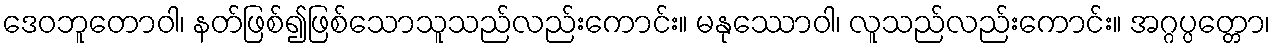
ဒေဝဘူတောဝါ၊ နတ်ဖြစ်၍ဖြစ်သောသူသည်လည်းကောင်း။ မနုဿောဝါ၊ လူသည်လည်းကောင်း။ အဂ္ဂပ္ပတ္တော၊